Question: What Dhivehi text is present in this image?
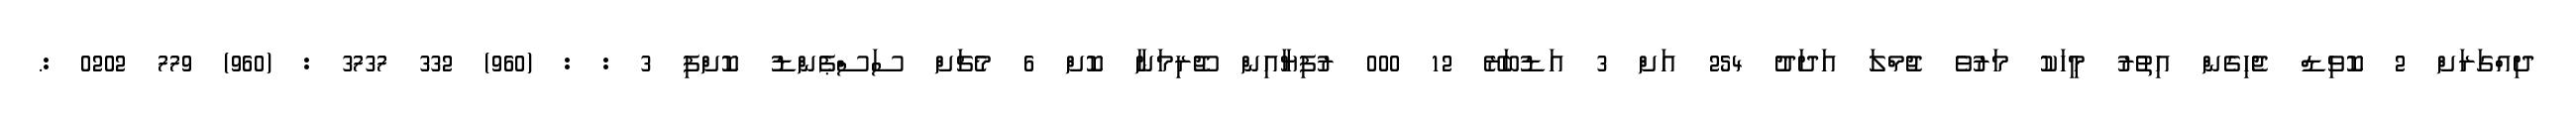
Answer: ދިއްގަރަށް 2 ކޮވިޑް ޖެހިގެން އިތުރު މީހަކު މަރުވެ ޖުމްލަ އަދަދު 254 އަށް 3 އަޑުބަރޭ 12 000 ރުފިޔާއިން ޖޫރިމަނާ ކޮށް 6 މެޗަށް ސަސްޕެންޑު ކޮށްފި 3 : : (960) 332 3737 : (960) 779 0202 :.